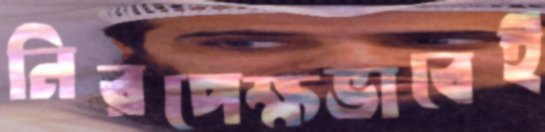
নিরপেক্ষভাবেই